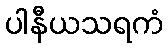
ပါနီယသရကံ